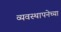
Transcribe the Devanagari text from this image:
व्यवस्थापनेच्या